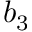
b _ { 3 }